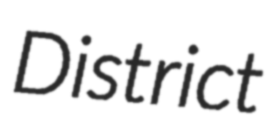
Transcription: District